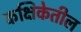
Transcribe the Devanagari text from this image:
कक्षिकेतील